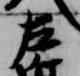
左